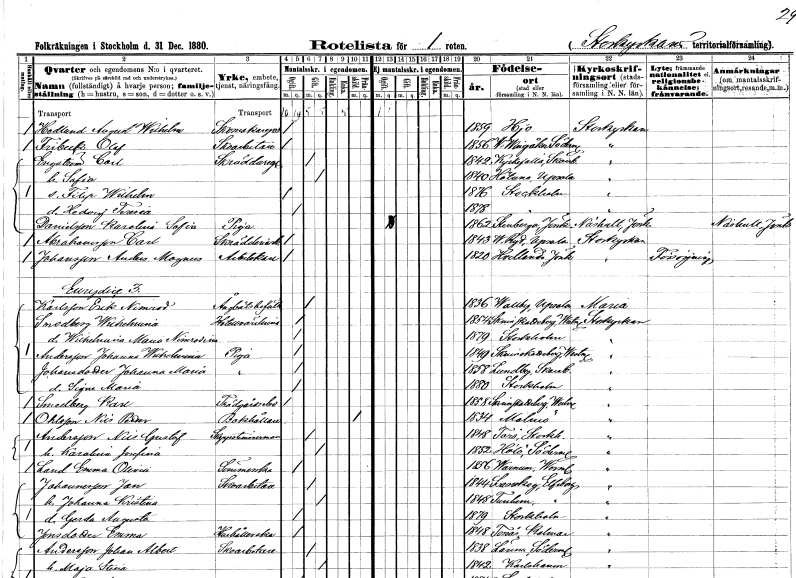
gt_parse: households: individuals: FN: August Wilhelm
EN: Hedlund
YRKE: Skomakaregesäll
KON: M
CIV: O
FODAR: 1859
FODFORS: Hjo Skaraborgs län
FN: Olof
EN: Fribeck
YRKE: Skoarbetare
KON: M
CIV: O
FODAR: 1856
FODFORS: Västra Vingåker Södermanlands län
FN: Carl
EN: Engström
YRKE: Skräddaregesäll
KON: M
CIV: G
FODAR: 1842
FODFORS: Kyrkefalla Skaraborgs län
FN: Sofia
KON: K
CIV: G
FODAR: 1840
FODFORS: Håtuna Stockholms län
FN: Filip Wilhelm
KON: M
CIV: O
FODAR: 1876
FODFORS: Stockholm
FN: Hedvig Teresia
KON: K
CIV: O
FODAR: 1878
FODFORS: Stockholm
FN: Karolina Sofia
EN: Danielsson
YRKE: Piga
KON: K
CIV: O
FODAR: 1862
FODFORS: Stenberga Jönköpings län
FN: Carl
EN: Abrahamsson
YRKE: Skrädderiarbetare
KON: M
CIV: O
FODAR: 1843
FODFORS: Västra Ryd Stockholms län
FN: Anders Magnus
EN: Johansson
YRKE: Arbetskarl
KON: M
CIV: O
FODAR: 1820
FODFORS: Vetlanda Jönköpings län
FN: Erik Nimirod
EN: Karlsson
YRKE: Ångbåtsbefälhavare
KON: M
CIV: O
FODAR: 1836
FODFORS: Vallby Uppsala län
FN: Wilhelmina
EN: Smedberg
YRKE: Hotellvärdinna
KON: K
CIV: O
FODAR: 1854
FODFORS: Skinnskatteberg Västmanlands län
FN: Wilhelmina Maria Nimrodina
KON: K
CIV: O
FODAR: 1879
FODFORS: Stockholm
FN: Johanna Wilhelmina
EN: Andersson
YRKE: Piga
KON: K
CIV: O
FODAR: 1849
FODFORS: Skinnskatteberg Västmanlands län
FN: Johanna Maria
EN: Johansdotter
YRKE: Piga
KON: K
CIV: O
FODAR: 1858
FODFORS: Lundby Skaraborgs län
FN: Signe Maria
KON: K
CIV: O
FODAR: 1880
FODFORS: Stockholm
FN: Karl
EN: Smedberg
YRKE: Trädgårdselev
KON: M
CIV: O
FODAR: 1858
FODFORS: Skinnskatteberg Västmanlands län
FN: Nils Petter
EN: Ohlsson
YRKE: Bokhållare
KON: M
CIV: X
FODAR: 1834
FODFORS: Malmö Malmöhus län
FN: Nils Gustaf
EN: Andersson
YRKE: Skeppstimmerman
KON: M
CIV: G
FODAR: 1848
FODFORS: Torö Stockholms län
FN: Karolina Josefina
KON: K
CIV: G
FODAR: 1852
FODFORS: Hölö Stockholms län
FN: Emma Olivia
EN: Land
YRKE: Sömmerska
KON: K
CIV: O
FODAR: 1856
FODFORS: Varnum Värmlands län
FN: Jan
EN: Johansson
YRKE: Skoarbetare
KON: M
CIV: G
FODAR: 1844
FODFORS: Svanskog Värmlands län
FN: Johanna Kristina
KON: K
CIV: G
FODAR: 1848
FODFORS: Tunhem Älvsborgs län
FN: Gerda Augusta
KON: K
CIV: O
FODAR: 1879
FODFORS: Stockholm
FN: Emma
EN: Jonsdotter
YRKE: Hushållerska
KON: K
CIV: O
FODAR: 1848
FODFORS: Torsås Kalmar län